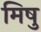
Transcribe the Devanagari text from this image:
मिषु